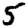
Digit: 5